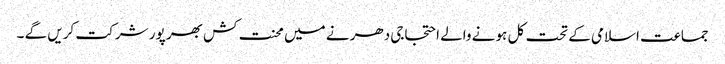
جماعت اسلامی کے تحت کل ہو نے والے احتجاجی دھر نے میں محنت کش بھر پور شر کت کریں گے ۔